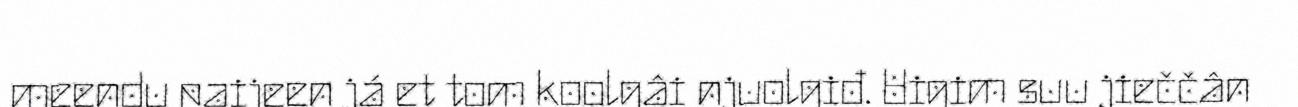
meendu paijeen já et tom koolgâi njuolgiđ. Uigim suu jieččân